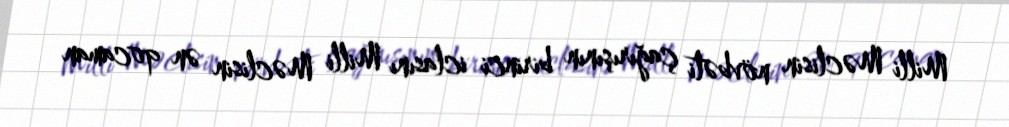
Milli Məclisin növbəti çağırışının birinci iclasını Milli Məclisin ən qocaman